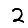
Digit: 2